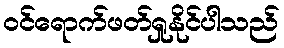
ဝင်ရောက်ဖတ်ရှုနိုင်ပါသည်